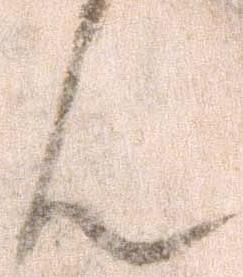
ん